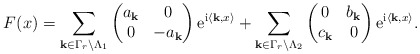
\begin{align*}F(x)=\sum_{{\bf k}\in \Gamma_{r}\backslash \Lambda_{1}} \begin{pmatrix}a_{\bf k}&0\\0&-a_{\bf k}\end{pmatrix}{\rm e}^{{\rm i}\langle{\bf k},x\rangle} + \sum_{{\bf k}\in \Gamma_{r}\backslash \Lambda_{2}} \begin{pmatrix}0&b_{\bf k}\\c_{\bf k}&0\end{pmatrix}{\rm e}^{{\rm i}\langle{\bf k},x\rangle}.\end{align*}